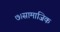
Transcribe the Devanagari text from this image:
७।सामाजिक